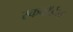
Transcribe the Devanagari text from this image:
स्कवाॅर्डन